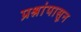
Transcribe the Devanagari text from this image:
प्रश्नांपासून